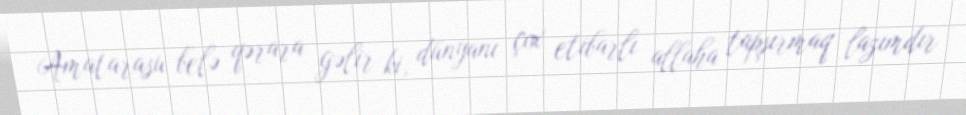
Amatarasu belə qərara gəlir ki, dünyanı çox etibarlı allaha tapşırmaq lazımdır